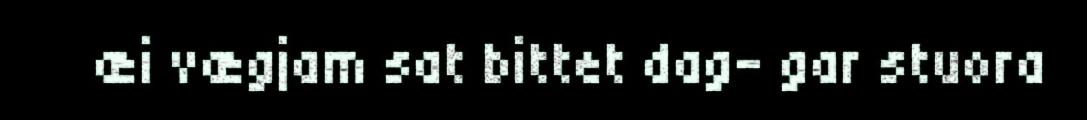
æi vægjam sat bittet dag- gar stuora